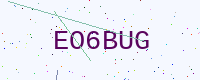
Text: EO6BUG